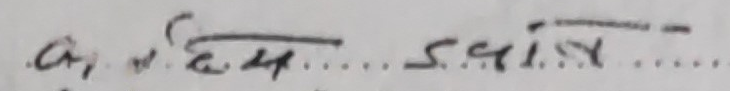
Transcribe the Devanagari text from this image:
अ, ४ ए.म. .... स.स.ई.स